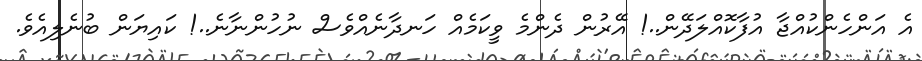
އެ އަންހެންކުއްޖާ އުފާކޮއްލަދޭން..! އޭރުން ދެންމެ ވީކަމެއް ހަނދާނެއްވެސް ނުހުންނާނެ..! ކައިޔަން ބުނެލިއެވެ.